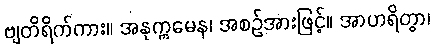
ဗျတိရိက်ကား။ အနုက္ကမေန၊ အစဉ်အားဖြင့်။ အာဟရိတွာ၊